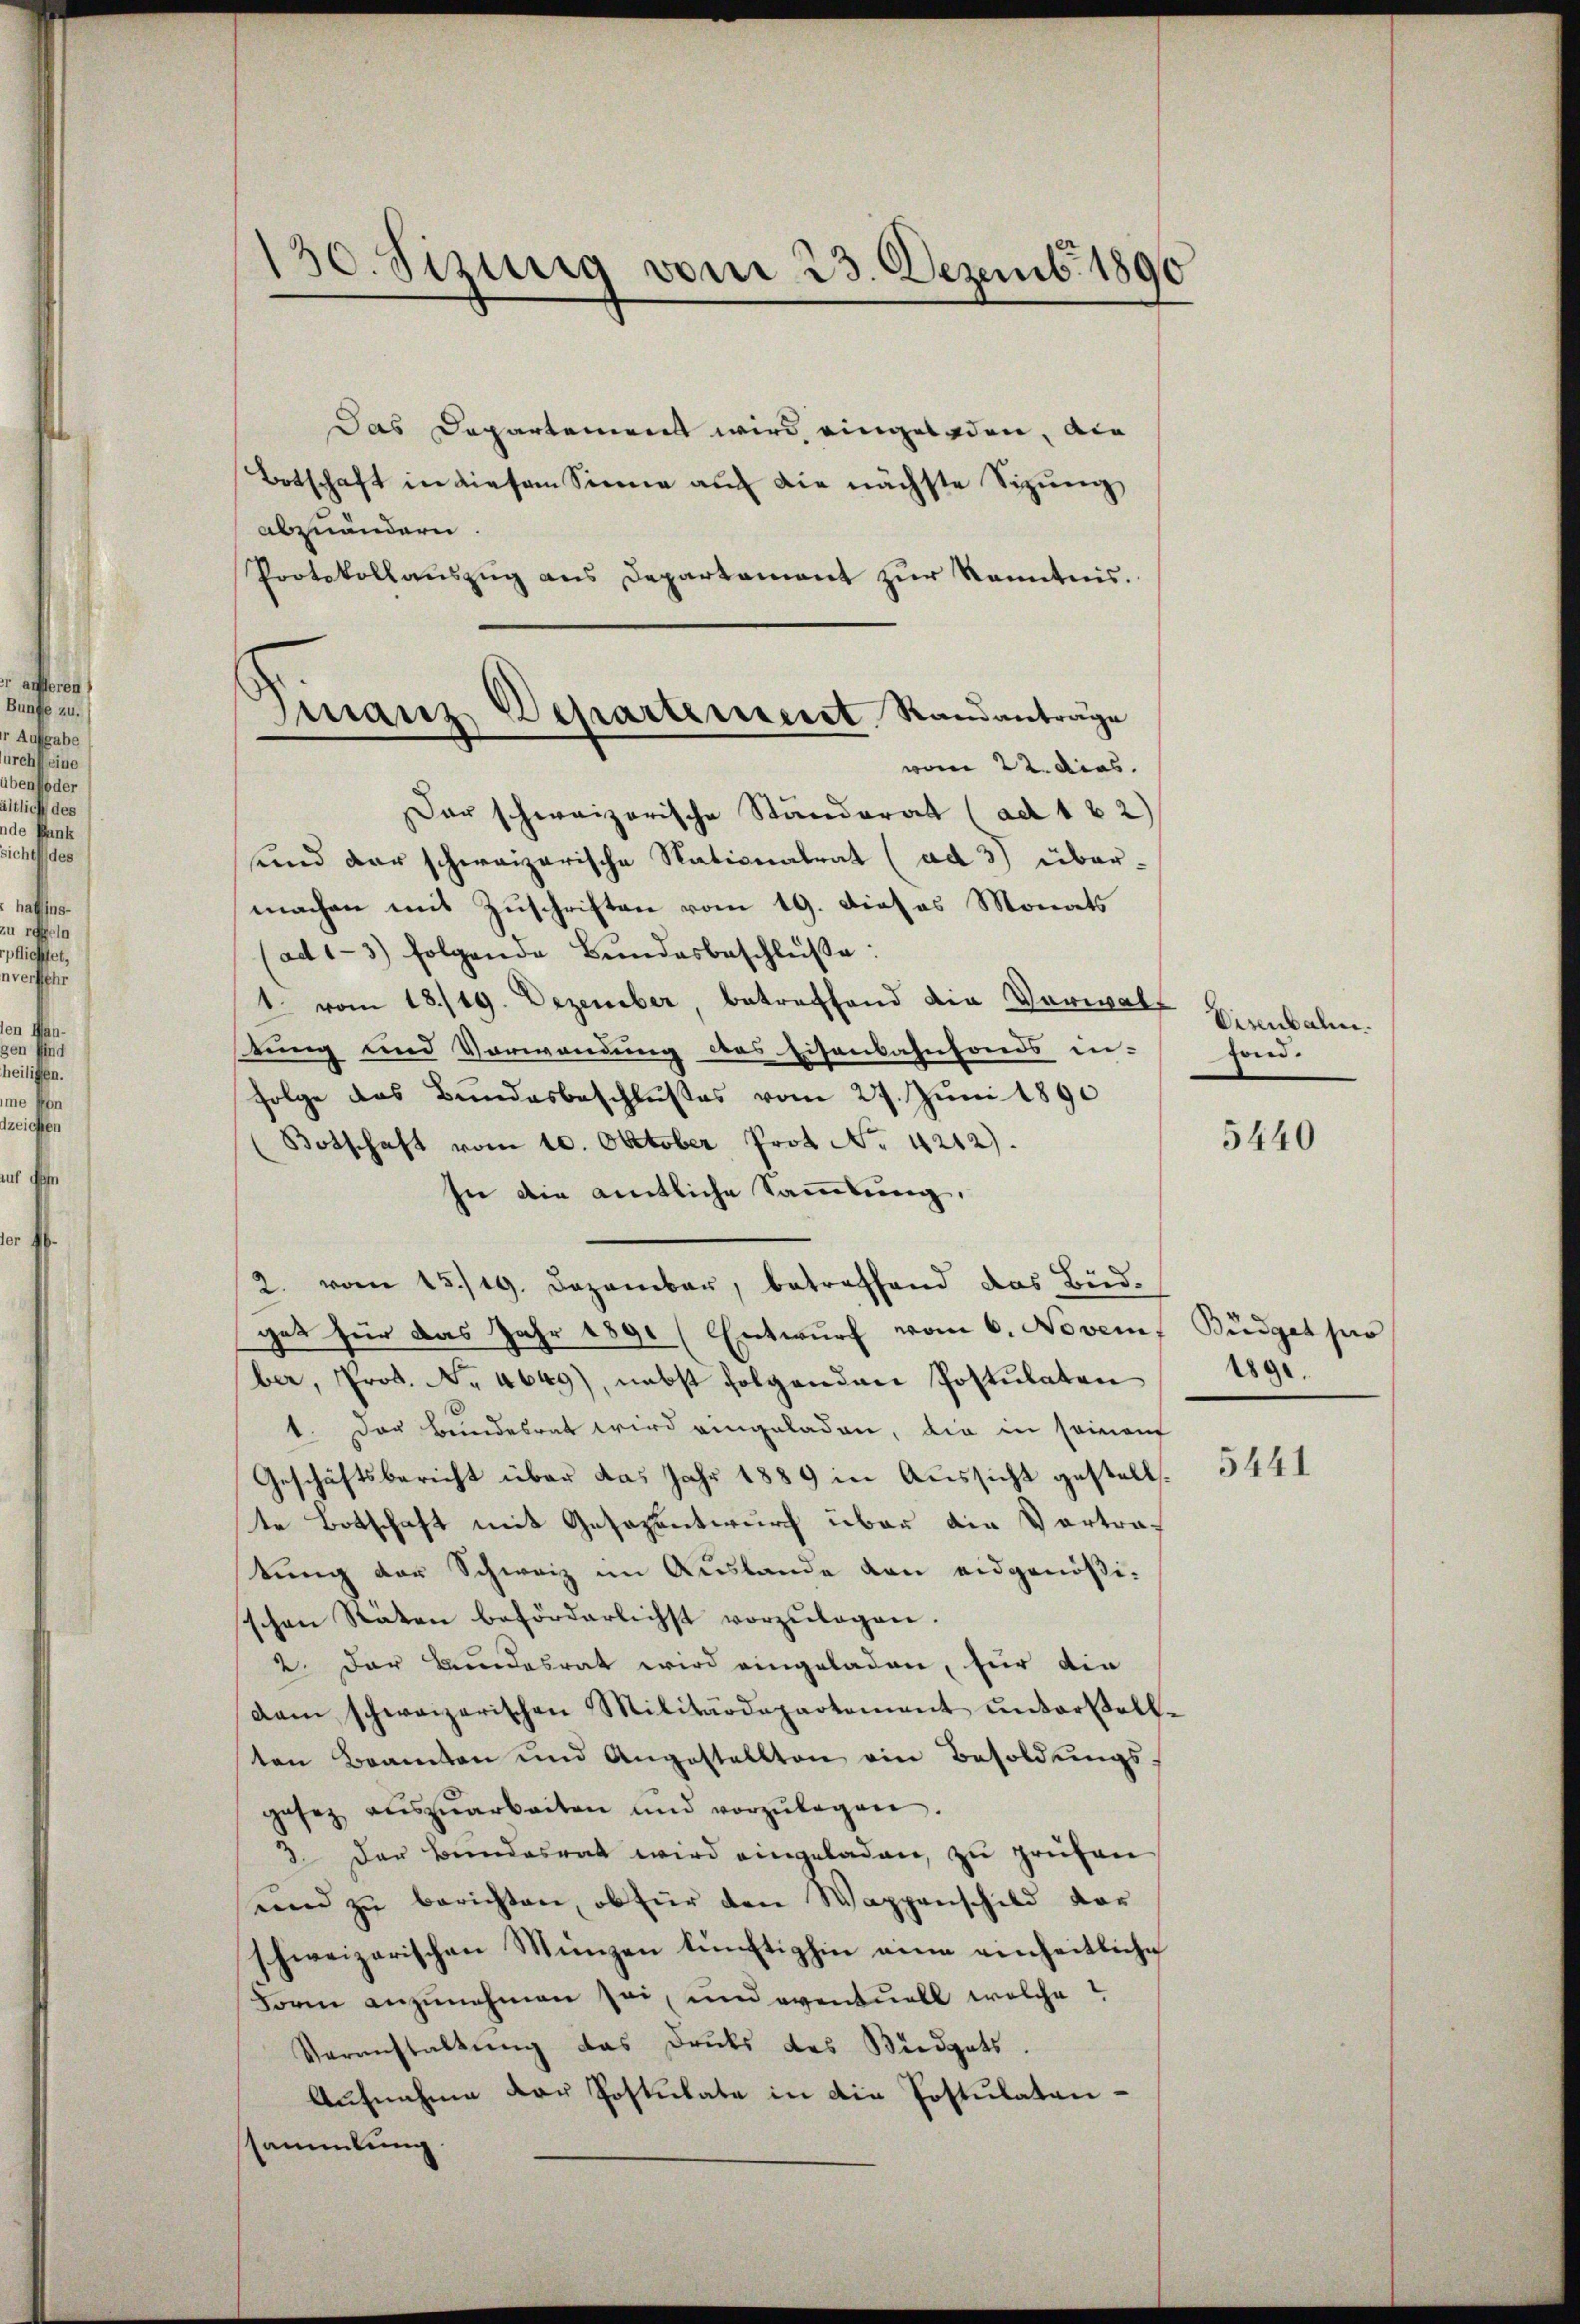
130. Sizig vom 23. Dezemb. 1890

Finanz Departement. Standanträge

Das Departement wird eingeladen, die
Botschaft in diesem Sinne auf die nächste Sizung
abzuändern.
Protokollauszug aus Departement zur Kenntnis.
vom 22. dies.
Der schweizerische Standerat (ad 1 2)
und der schweizerische Stationalrat (ad 3) über-
machen mit Zuschriften vom 19. Dieses Monats
(ad 1-3) folgende Bŭndesbeschlüße:
1. vom 18./19. Dezember, betreffend die Verwalt Einnalien
stung und Vorwendung des Eisenbahnfonds in-
Folge des Bundesbeschlußes vom 27. Juni 1890
(Botschaft vom 10. Oktober Prof. No. 4212).
In die amtliche Sammlung.
2. vom 13./19. Dezember, betreffend das Bied-
gat für das Jahr 1891 (Entwŭrf vom 6. Novem Büdget pro
ber, Prot. No. 4649), nebst folgenden Postulaten 1891.
1. Der Bundesrat wird eingeladen, die in seinauf
Geschäftsbericht über das Jahr 1889 in Aussicht gestellte Botschaft mit Gesezentwurf über die Vertratung der Schweiz im Auslande den eidgenößischen Räten beförderlichst vorzŭlegen.
2. Der Bundesrat wird eingeladen, für die
dam schweizerischen Militärdepartement ŭnterstell-
ten Beamten und Angestellten ein Besoldŭngs-
gesez aŭszŭarbeiten und vorzŭlegen.
3. Der Bundesrat wird eingeladen, zu prüfen
ennd zu berichten, ob für den Wappenschild vor
schweizerischen Münzen künftighin eine einheitliche
Form anzunehmen sei, und eventuell welche?
Veranstaltung das Drucks des Büdgets.
Aufnahme der Postulate in die Postulatensammlung

fond.

5440

5441